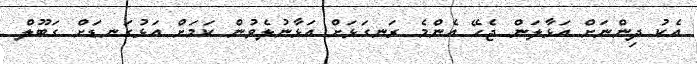
އެކު ދިންނަށް އަޅާލަން ޖެހޭ އެންމެ ރަނގަޅަށް އަޅާނުލެވުން ކަމަށް އަޅުގަނޑަށް ގަބޫލް